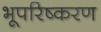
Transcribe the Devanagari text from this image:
भूपरिष्करण